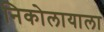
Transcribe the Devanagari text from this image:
निकोलायाला